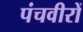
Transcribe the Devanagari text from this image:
पंचवीरों